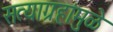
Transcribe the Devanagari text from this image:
सत्याग्रहांमुळे